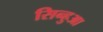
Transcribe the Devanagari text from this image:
सिन्हुआ